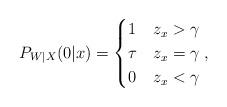
LaTeX: \begin{align*} P_{W|X}(0|x) = \begin{cases} 1 & z_x > \gamma \\ \tau & z_x = \gamma \\ 0 & z_x < \gamma \end{cases}, \end{align*}